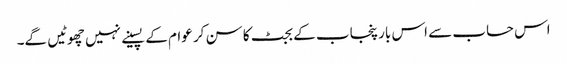
اس حساب سے اس بار پنجاب کے بجٹ کا سن کر عوام کے پسینے نہیں چھوٹیں گے۔